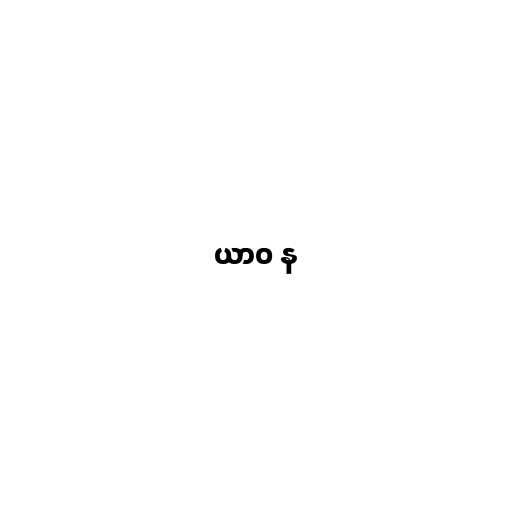
ယာဝ န